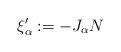
LaTeX: \begin{align*}\xi'_\alpha:=-J_{\alpha}N\end{align*}